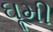
ઘૂમી